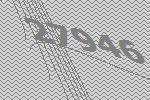
27946